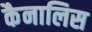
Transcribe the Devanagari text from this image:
कैनालिस